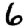
Digit: 6